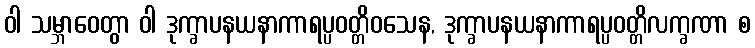
ဝါ သမ္ဘာဝေတွာ ဝါ ဒုက္ခာပနယနာကာရပ္ပဝတ္တိဝသေန, ဒုက္ခာပနယနာကာရပ္ပဝတ္တိလက္ခဏာ စ